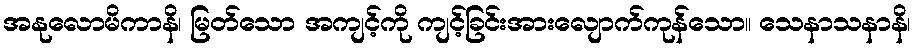
အနုလောမိကာနိ၊ မြတ်သော အကျင့်ကို ကျင့်ခြင်းအားလျောက်ကုန်သော။ သေနာသနာနိ၊